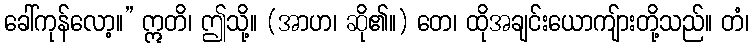
ခေါ်ကုန်လော့။” ဣတိ၊ ဤသို့။ (အာဟ၊ ဆို၏။) တေ၊ ထိုအချင်းယောကျ်ားတို့သည်။ တံ၊